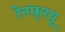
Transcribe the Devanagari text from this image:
रेनफ्रयू